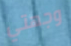
وجهتي